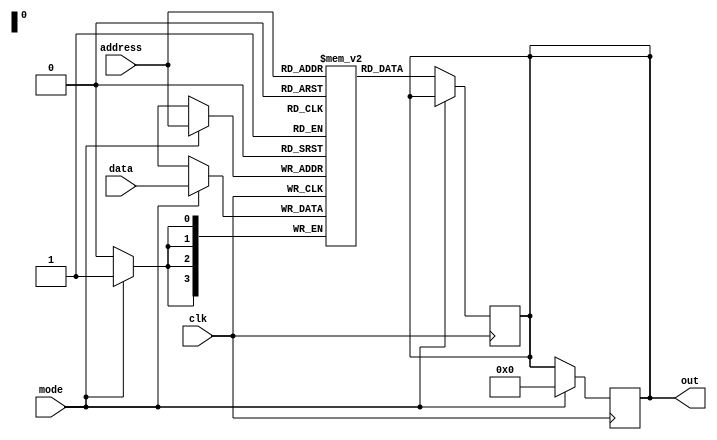
module ram_mem(
  input wire clk,
  input wire [3:0] address,
  input wire mode,
  input wire [3:0] data,
  output reg [3:0] out
  );

  reg [3:0] ram [0:15];

  initial begin
    ram[0] = 4'd0;
    ram[1] = 4'd1;
    ram[2] = 4'd2;
    ram[3] = 4'd3;
    ram[4] = 4'd4;
    ram[5] = 4'd5;
    ram[6] = 4'd6;
    ram[7] = 4'd7;
    ram[8] = 4'd8;
    ram[9] = 4'd9;
    ram[10] = 4'd10;
    ram[11] = 4'd11;
    ram[12] = 4'd12;
    ram[13] = 4'd13;
    ram[14] = 4'd14;
    ram[15] = 4'd15;
  end

  always @ ( posedge clk ) begin
    if(mode == 0) begin   //Read
      out <= ram[address];
    end
  end

  always @ ( posedge clk ) begin
    if (mode == 1) begin   //Write
      ram[address] <= data;
      out <= 0;
    end
  end

endmodule